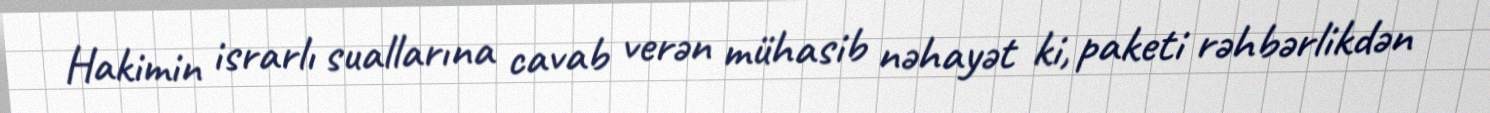
Hakimin israrlı suallarına cavab verən mühasib nəhayət ki, paketi rəhbərlikdən